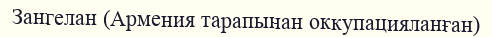
Зангелан (Армения тарапынан оккупацияланған)